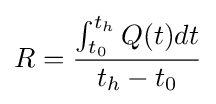
R={\frac {\int _{t_{0}}^{t_{h}}Q(t)dt}{t_{h}-t_{0}}}